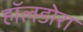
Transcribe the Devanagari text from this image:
हॉलडोरा